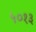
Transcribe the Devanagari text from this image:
५०१३